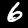
Label: 6